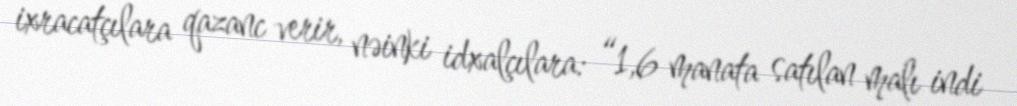
ixracatçılara qazanc verir, nəinki idxalçılara: “1,6 manata satılan malı indi